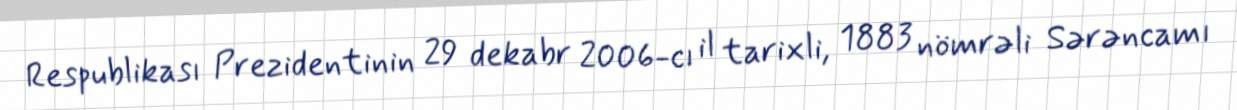
Respublikası Prezidentinin 29 dekabr 2006-cı il tarixli, 1883 nömrəli Sərəncamı